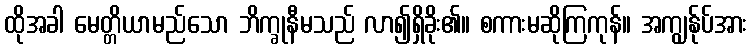
ထိုအခါ မေတ္တိယာမည်သော ဘိက္ခုနီမသည် လာ၍ရှိခိုး၏။ စကားမဆိုကြကုန်။ အကျွန်ုပ်အား